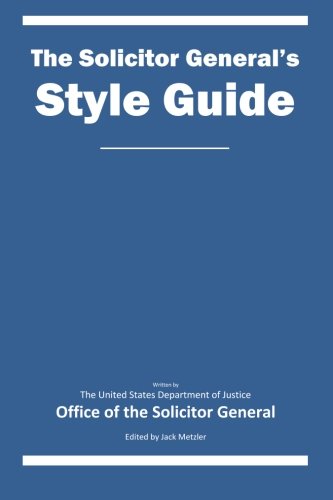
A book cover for The Solicitor General's Style Guide; United States Department of Justice Office of the Solicitor General; Law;